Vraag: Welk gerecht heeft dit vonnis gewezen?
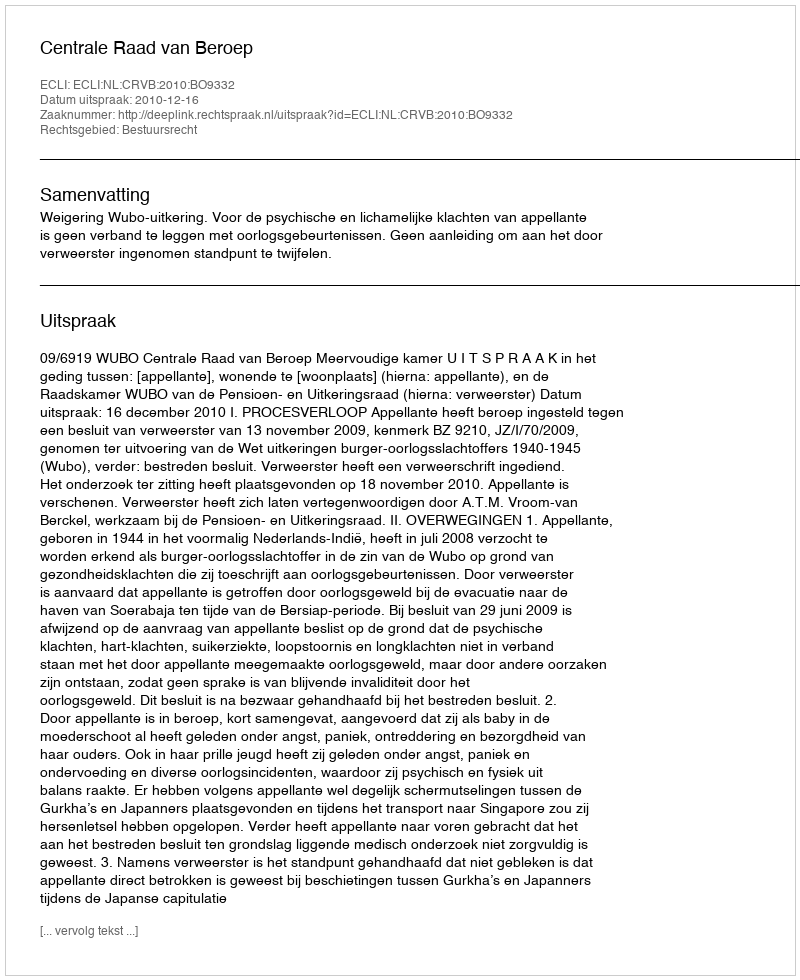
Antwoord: Centrale Raad van Beroep